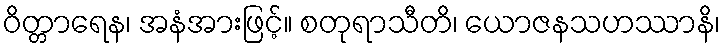
ဝိတ္တာရေန၊ အနံအားဖြင့်။ စတုရာသီတိ၊ ယောဇနသဟဿာနိ၊